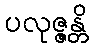
ပလုဇ္ဇန္တိ